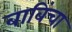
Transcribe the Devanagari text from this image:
बाबिंचा